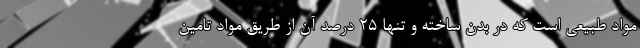
مواد طبیعی است که در بدن ساخته و تنها 25 درصد آن از طریق مواد تامین